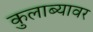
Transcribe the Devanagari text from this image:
कुलाब्यावर